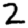
Digit: 2